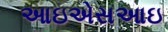
આઇએસઆઇ